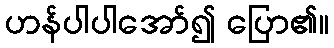
ဟန်ပါပါအော်၍ ပြော၏။